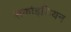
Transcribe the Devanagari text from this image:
सर्काइडियन